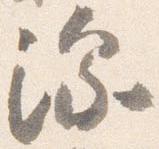
深